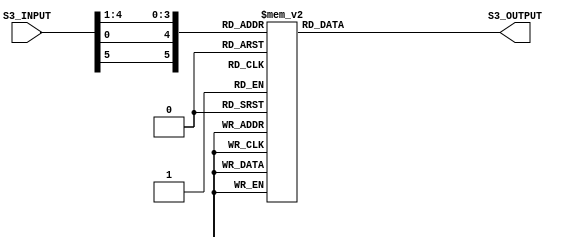
`timescale 1ns / 1ps
//////////////////////////////////////////////////////////////////////////////////
// Alveera Gill 
// Module:    Des_Top 
// Project:   Data Encryption Standard Implementation using Verilog
//////////////////////////////////////////////////////////////////////////////////
module Sbox_Rom3(S3_INPUT, S3_OUTPUT);
input [6:1]S3_INPUT ;
output [3:0]S3_OUTPUT;
wire [6:1]S3_INPUT;
reg [3:0]S3_OUTPUT;
wire [6:1]S3_SELECT;
assign S3_SELECT = {S3_INPUT[6],S3_INPUT[1],S3_INPUT[5:2]};
always @(S3_SELECT)
begin
case(S3_SELECT)
6'b000000: S3_OUTPUT <= 4'hA;
6'b000001: S3_OUTPUT <= 4'h0;
6'b000010: S3_OUTPUT <= 4'h9;
6'b000011: S3_OUTPUT <= 4'hE;
6'b000100: S3_OUTPUT <= 4'h6;
6'b000101: S3_OUTPUT <= 4'h3;
6'b000110: S3_OUTPUT <= 4'hF;
6'b000111: S3_OUTPUT <= 4'h5;
6'b001000: S3_OUTPUT <= 4'h1;
6'b001001: S3_OUTPUT <= 4'hD;
6'b001010: S3_OUTPUT <= 4'hC;
6'b001011: S3_OUTPUT <= 4'h7;
6'b001100: S3_OUTPUT <= 4'hB;
6'b001101: S3_OUTPUT <= 4'h4;
6'b001110: S3_OUTPUT <= 4'h2;
6'b001111: S3_OUTPUT <= 4'h8;
6'b010000: S3_OUTPUT <= 4'hD;
6'b010001: S3_OUTPUT <= 4'h7;
6'b010010: S3_OUTPUT <= 4'h0;
6'b010011: S3_OUTPUT <= 4'h9;
6'b010100: S3_OUTPUT <= 4'h3;
6'b010101: S3_OUTPUT <= 4'h4;
6'b010110: S3_OUTPUT <= 4'h6;
6'b010111: S3_OUTPUT <= 4'hA;
6'b011000: S3_OUTPUT <= 4'h2;
6'b011001: S3_OUTPUT <= 4'h8;
6'b011010: S3_OUTPUT <= 4'h5;
6'b011011: S3_OUTPUT <= 4'hE;
6'b011100: S3_OUTPUT <= 4'hC;
6'b011101: S3_OUTPUT <= 4'hB;
6'b011110: S3_OUTPUT <= 4'hF;
6'b011111: S3_OUTPUT <= 4'h1;
6'b100000: S3_OUTPUT <= 4'hD;
6'b100001: S3_OUTPUT <= 4'h6;
6'b100010: S3_OUTPUT <= 4'h4;
6'b100011: S3_OUTPUT <= 4'h9;
6'b100100: S3_OUTPUT <= 4'h8;
6'b100101: S3_OUTPUT <= 4'hF;
6'b100110: S3_OUTPUT <= 4'h3;
6'b100111: S3_OUTPUT <= 4'h0;
6'b101000: S3_OUTPUT <= 4'hB;
6'b101001: S3_OUTPUT <= 4'h1;
6'b101010: S3_OUTPUT <= 4'h2;
6'b101011: S3_OUTPUT <= 4'hC;
6'b101100: S3_OUTPUT <= 4'h5;
6'b101101: S3_OUTPUT <= 4'hA;
6'b101110: S3_OUTPUT <= 4'hE;
6'b101111: S3_OUTPUT <= 4'h7;
6'b110000: S3_OUTPUT <= 4'h1;
6'b110001: S3_OUTPUT <= 4'hA;
6'b110010: S3_OUTPUT <= 4'hD;
6'b110011: S3_OUTPUT <= 4'h0;
6'b110100: S3_OUTPUT <= 4'h6;
6'b110101: S3_OUTPUT <= 4'h9;
6'b110110: S3_OUTPUT <= 4'h8;
6'b110111: S3_OUTPUT <= 4'h7;
6'b111000: S3_OUTPUT <= 4'h4;
6'b111001: S3_OUTPUT <= 4'hF;
6'b111010: S3_OUTPUT <= 4'hE;
6'b111011: S3_OUTPUT <= 4'h3;
6'b111100: S3_OUTPUT <= 4'hB;
6'b111101: S3_OUTPUT <= 4'h5;
6'b111110: S3_OUTPUT <= 4'h2;
6'b111111: S3_OUTPUT <= 4'hC;
default: S3_OUTPUT <= 4'h0;
endcase
end
endmodule